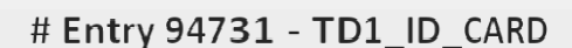
# Entry 94731 - TD1_ID_CARD